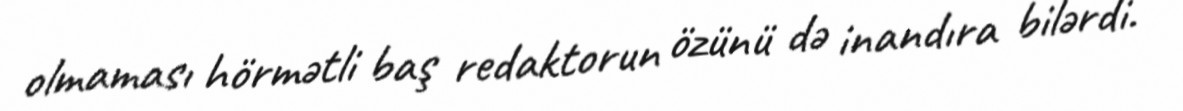
olmaması hörmətli baş redaktorun özünü də inandıra bilərdi.